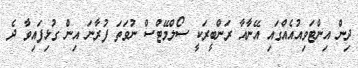
ދިން އިންޓަވިއުއެއްގައި އޭނާއާ ރަންބީރަކީ ސޯލްމޭޓްސް ނުވަތަ ފުރާނަ އިން ގުޅިފައިވާ ދެ